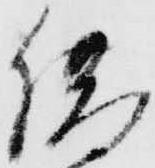
借